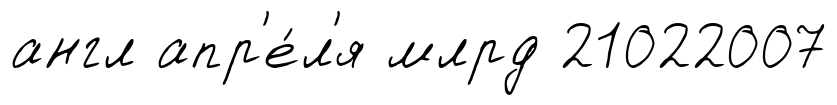
англ апр'е́л'я млрд 21022007